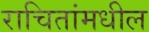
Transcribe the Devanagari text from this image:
राचितांमधील